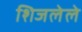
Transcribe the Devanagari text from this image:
शिजलेले